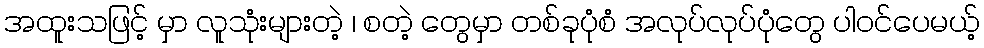
အထူးသဖြင့် မှာ လူသုံးများတဲ့ ၊ စတဲ့ တွေမှာ တစ်ခုပုံစံ အလုပ်လုပ်ပုံတွေ ပါဝင်ပေမယ့်